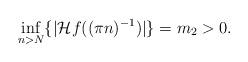
LaTeX: \begin{align*}\inf_{n>N}\{\vert \mathcal{H}f((\pi n)^{-1})\vert \}=m_2>0.\end{align*}